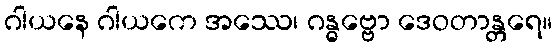
ဂါယနေ ဂါယကေ အဿေ၊ ဂန္ဓဗ္ဗော ဒေဝတာန္တရေ။